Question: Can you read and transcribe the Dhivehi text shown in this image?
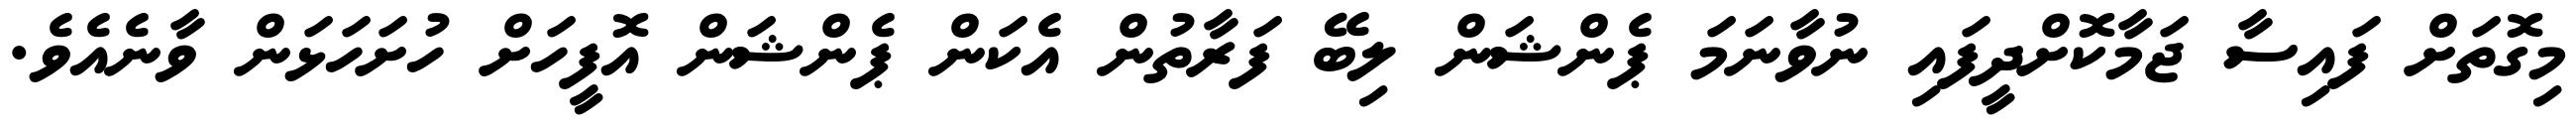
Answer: މިގޮތަށް ފައިސާ ޖަމާކޮށްދީފައި ނުވާނަމަ ޕެންޝަން ލިބޭ ފަރާތުން އެކަން ޕެންޝަން އޮފީހަށް ހުށަހަޅަން ވާނެއެވެ.